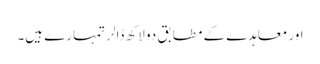
اور معاہدے کے مطابق دو لاکھ ڈالر تمہارے ہیں۔